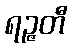
ရဉ္ဇတီ